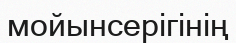
мойынсерігінің